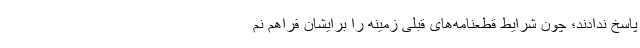
پاسخ ندادند؛ چون شرایط قطعنامه‌های قبلی زمینه را برایشان فراهم نم